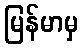
မြန်မာမှ